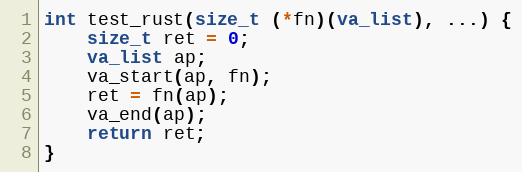
Language: C
int test_rust(size_t (*fn)(va_list), ...) {
    size_t ret = 0;
    va_list ap;
    va_start(ap, fn);
    ret = fn(ap);
    va_end(ap);
    return ret;
}